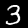
Digit: 3